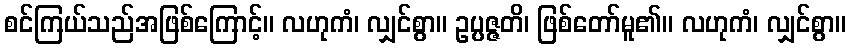
စင်ကြယ်သည်အဖြစ်ကြောင့်။ လဟုကံ၊ လျှင်စွာ။ ဥပ္ပဇ္ဇတိ၊ ဖြစ်တော်မူ၏။ လဟုကံ၊ လျှင်စွာ။